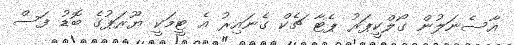
އާސެނަލުން ގޯލްކީޕަރު ޕެޓާ ޗެކް ގެނައިރު އެ ޓީމަކީ ޔޫރަޕުގެ ބޮޑު ފަސް